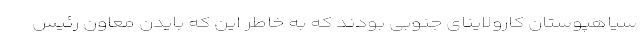
سیاهپوستان کارولاینای جنوبی بودند که به خاطر این که بایدن معاون رئیس